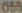
055